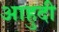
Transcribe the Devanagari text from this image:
आहुदी